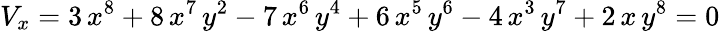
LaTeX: V_{x}=3\, {x^{8}}+8\, {x^{7}}\, {y^{2}}-7\, {x^{6}}\, {y^{4}}+6\, {x^{5}}\, {y^{6}}-4\, {x^{3}}\, {y^{7}}+2\, x\, {y^{8}}=0